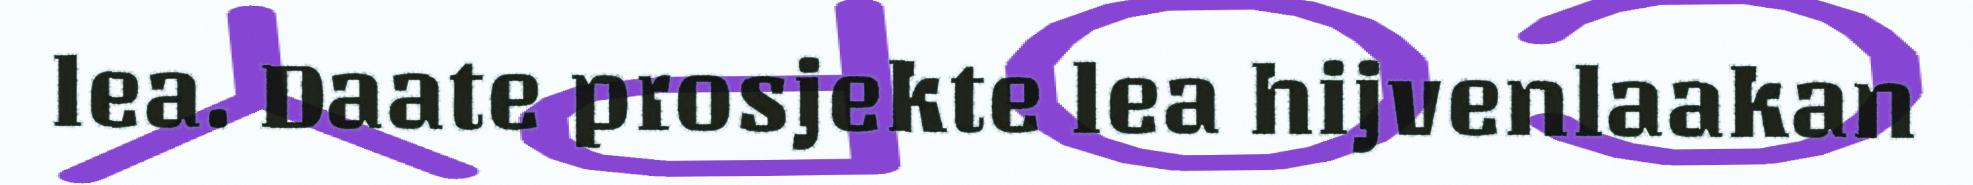
lea. Daate prosjekte lea hijvenlaakan